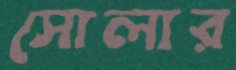
সোলার